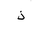
Letter: _thal